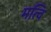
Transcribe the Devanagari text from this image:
मत्वि